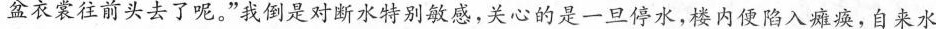
盆衣裳往前头去了呢。”我倒是对断水特别敏感，关心的是一旦停水，楼内便陷入瘫痪，自来水